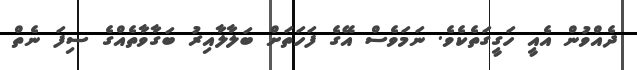
ދެއްވުން އެއީ ހަގީގަތެކެވެ. ނަމަވެސް އޭގެ ފަހަތަށް ބަލާލާއިރު ބަގާވާތެއްގެ ސިފަ ނެތް